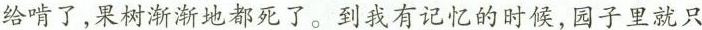
给啃了，果树渐渐地都死了。到我有记忆的时候，园子里就只